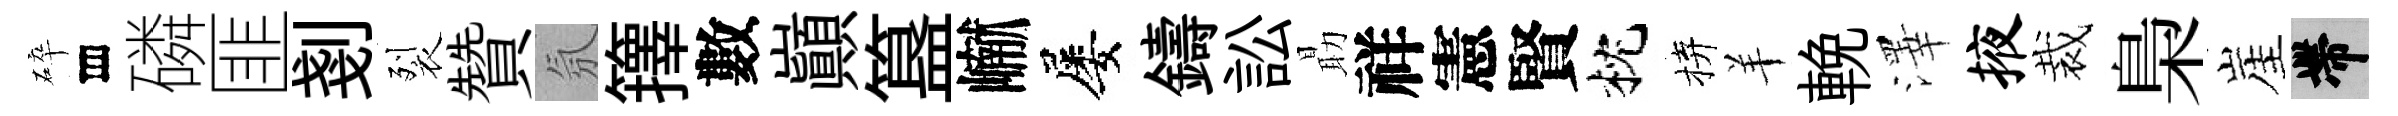
碎存磷匪剗裂贊氛籜數巔簋𪩘屡鑄訟朂祥憲賢枕拚羊輓澤掖裁梟崖帶